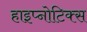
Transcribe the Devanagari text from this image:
हाइप्नोटिक्स